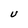
Character: U